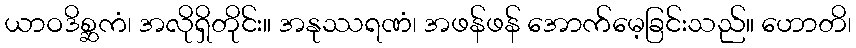
ယာဝဒိစ္ဆကံ၊ အလိုရှိတိုင်း။ အနုဿရဏံ၊ အဖန်ဖန် အောက်မေ့ခြင်းသည်။ ဟောတိ၊